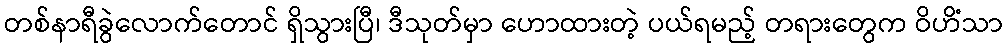
တစ်နာရီခွဲလောက်တောင် ရှိသွားပြီ၊ ဒီသုတ်မှာ ဟောထားတဲ့ ပယ်ရမည့် တရားတွေက ဝိဟိံသာ